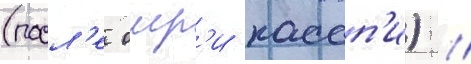
(посл'е омр'и кассп'и) //